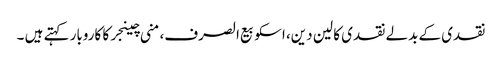
نقدی کے بدلے نقدی کا لین دین، اسکو بیع الصرف،منی چینجرکا کاروبار کہتے ہیں ۔